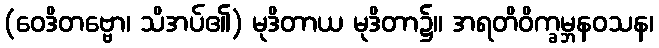
(ဝေဒိတဗ္ဗော၊ သိအပ်၏) မုဒိတာယ မုဒိတာ၌။ အရတိဝိက္ခမ္ဘနဝသန၊